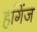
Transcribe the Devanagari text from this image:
हगिंज